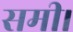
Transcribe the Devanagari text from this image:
समी।